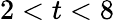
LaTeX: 2<t<8